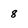
Character: 8